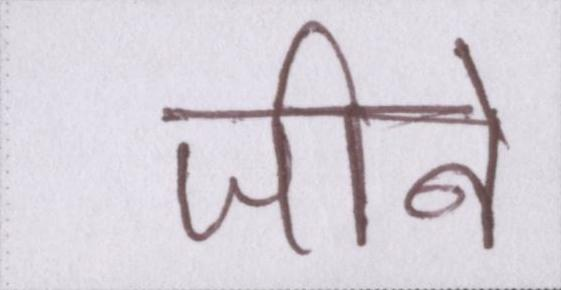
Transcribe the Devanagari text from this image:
जीने